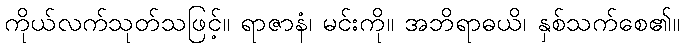
ကိုယ်လက်သုတ်သဖြင့်။ ရာဇာနံ၊ မင်းကို။ အဘိရာဓယိ၊ နှစ်သက်စေ၏။